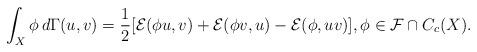
LaTeX: \begin{align*}\int_X\phi\, d\Gamma(u,v)=\frac{1}{2}[\mathcal{E}(\phi u,v)+\mathcal{E}(\phi v,u)-\mathcal{E}(\phi, uv)], \phi\in \mathcal F \cap C_c(X).\end{align*}